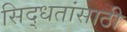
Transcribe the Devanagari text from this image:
सिद्धतांसाठी